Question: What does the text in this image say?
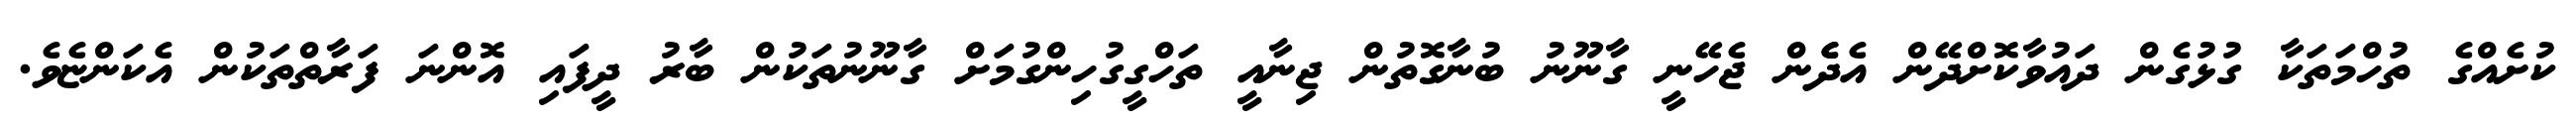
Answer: ކުށެއްގެ ތުހްމަތަކާ ގުޅުގެން ދައުވާކޮށްދޭން އެދެެން ޖެހޭނީ ގާނޫނު ބުނާގޮތުން ޖިނާއީ ތަހްގީގުހިންގުމަށް ގާނޫނުތަކުން ބާރު ދީފައި އޮންނަ ފަރާތްތަކުން އެކަންޏެވެ.